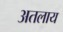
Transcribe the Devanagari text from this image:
अतलाय